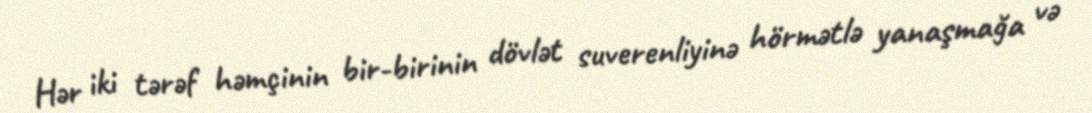
Hər iki tərəf həmçinin bir-birinin dövlət suverenliyinə hörmətlə yanaşmağa və